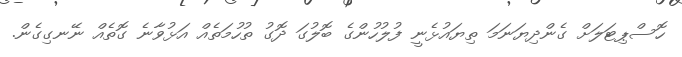
ހޮސްޕިޓަލަށް ގެންދިޔަނަމަ ތިޔައުޅެނީ ފުލުހުންގެ ބޮލުގަ ދޮގު ތުހުމަތެއް އަޅުވާނެ ގޮތެއް ނޭނގިގެން.